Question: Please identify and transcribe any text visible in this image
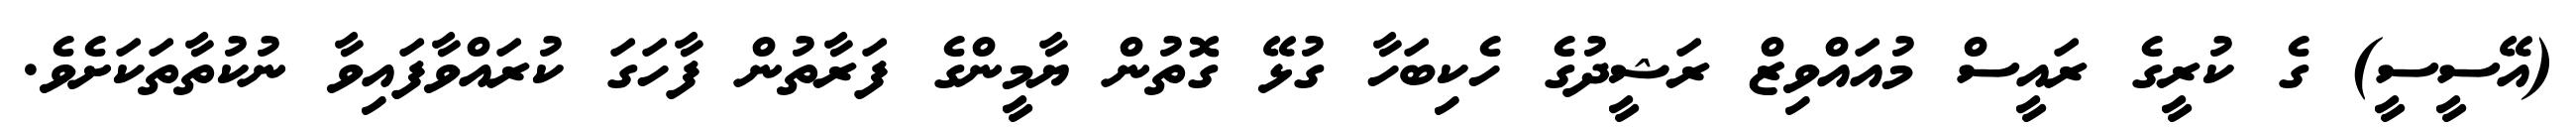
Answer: (އޭސީސީ) ގެ ކުރީގެ ރައީސް މުއައްވިޒް ރަޝީދުގެ ހެކިބަހާ ގުޅޭ ގޮތުން ޔާމީންގެ ފަރާތުން ފާހަގަ ކުރައްވާފައިވާ ނުކުތާތަކަށެވެ.